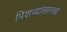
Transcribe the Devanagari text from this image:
पिशव्यांसारखा